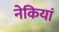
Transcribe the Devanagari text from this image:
नेकियां